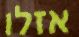
אזלו